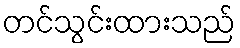
တင်သွင်းထားသည်